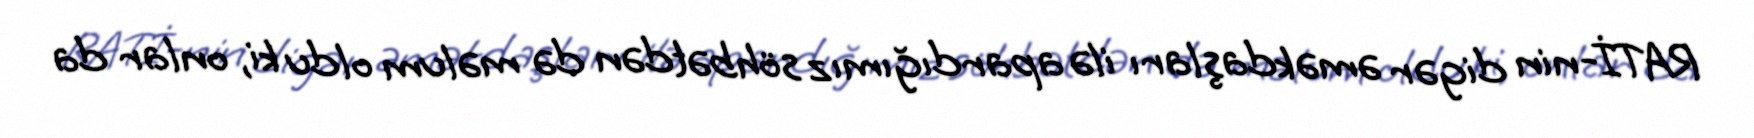
RATİ-nin digər əməkdaşları ilə apardığımız söhbətdən də məlum oldu ki, onlar da